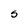
Character: S